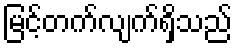
မြင့်တက်လျက်ရှိသည်